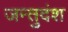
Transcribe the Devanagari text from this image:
जन्तुदंश